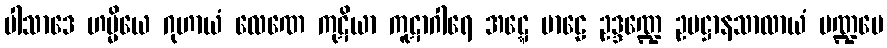
ပါသာဒေ ဟမ္မိယေ ဂုဟာယံ လေဏေ ကုဋိယာ ကူဋာဂါရေ အဋ္ဋေ မာဠေ ဥဒ္ဒဏ္ဍေ ဥပဋ္ဌာနသာလာယံ မဏ္ဍပေ